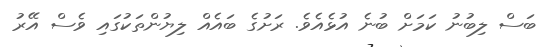
ބަސް ލިބުނު ކަމަށް ބުނެ އުޅެއެވެ. ރަށުގެ ބައެއް ލިޔުންތަކުގައި ވެސް އޭރު